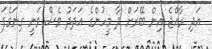
އަދި ރާއްޖެ އިން ބޭރަށް ދާ މީހުންގެ އަދަދު ވެސް ވަނީ ގިނަވެފަ